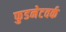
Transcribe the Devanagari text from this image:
फुडनेटवर्क